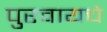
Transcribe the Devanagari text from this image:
पुरवायचे